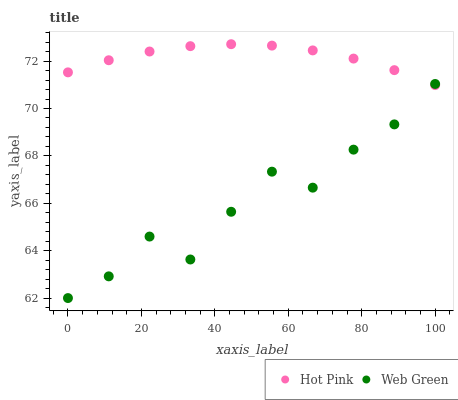
| xaxis_label | Hot Pink | Web Green |
 | --- | --- | --- |
 | 0 | 71.5 | 62 |
 | 11.1 | 72 | 62.9 |
 | 22.2 | 72.4 | 64.6 |
 | 33.3 | 72.6 | 63.6 |
 | 44.4 | 72.7 | 65.6 |
 | 55.6 | 72.7 | 67.3 |
 | 66.7 | 72.5 | 66.7 |
 | 77.8 | 72.1 | 68.3 |
 | 88.9 | 71.6 | 69.3 |
 | 100 | 71 | 71 |